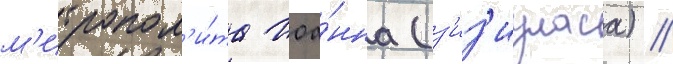
м'итропол'и́та иоа́нна (з'из'иуласа) /